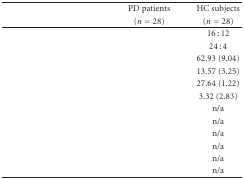
<table><thead><tr><td>[EMPTY_CELL]</td><td><b>PD patients</b></td><td><b>HC subjects</b></td></tr><tr><td>[EMPTY_CELL]</td><td><b>(<i>n</i> = 28)</b></td><td><b>(<i>n</i> = 28) </b></td></tr></thead><tbody><tr><td>[EMPTY_CELL]</td><td>[EMPTY_CELL]</td><td>16 : 12</td></tr><tr><td>[EMPTY_CELL]</td><td>[EMPTY_CELL]</td><td>24 : 4</td></tr><tr><td>[EMPTY_CELL]</td><td>[EMPTY_CELL]</td><td>62.93 (9.04)</td></tr><tr><td>[EMPTY_CELL]</td><td>[EMPTY_CELL]</td><td>13.57 (3.25)</td></tr><tr><td>[EMPTY_CELL]</td><td>[EMPTY_CELL]</td><td>27.64 (1.22)</td></tr><tr><td>[EMPTY_CELL]</td><td>[EMPTY_CELL]</td><td>3.32 (2.83)</td></tr><tr><td>[EMPTY_CELL]</td><td>[EMPTY_CELL]</td><td>n/a</td></tr><tr><td>[EMPTY_CELL]</td><td>[EMPTY_CELL]</td><td>n/a</td></tr><tr><td>[EMPTY_CELL]</td><td>[EMPTY_CELL]</td><td>n/a</td></tr><tr><td>[EMPTY_CELL]</td><td>[EMPTY_CELL]</td><td>n/a</td></tr><tr><td>[EMPTY_CELL]</td><td>[EMPTY_CELL]</td><td>n/a</td></tr><tr><td>[EMPTY_CELL]</td><td>[EMPTY_CELL]</td><td>n/a</td></tr></tbody></table>